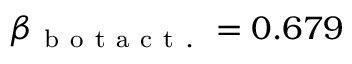
\beta _ { \mathrm { ~ b ~ o ~ t ~ a ~ c ~ t ~ . ~ } } = 0 . 6 7 9